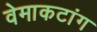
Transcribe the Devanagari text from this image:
वेमाकटांग